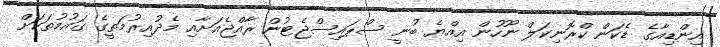
އިންޑިއާގެ ޑެކަން ކްރޮނިކަލް ނޫހުން އިއްޔެ ބުނީ ސްޕައިސްޖެޓުން ރާއްޖެއަށާއި މެދުއިރުމަތީގެ ގައުމުތަކަށް